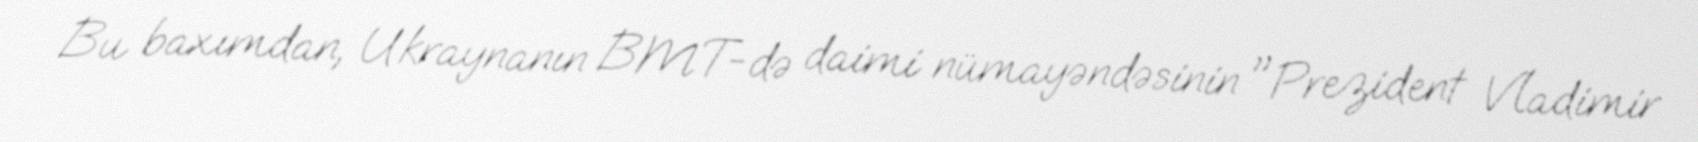
Bu baxımdan, Ukraynanın BMT-də daimi nümayəndəsinin "Prezident Vladimir